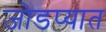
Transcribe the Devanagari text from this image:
जोडप्यात